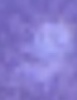
و